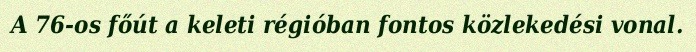
A 76-os főút a keleti régióban fontos közlekedési vonal.